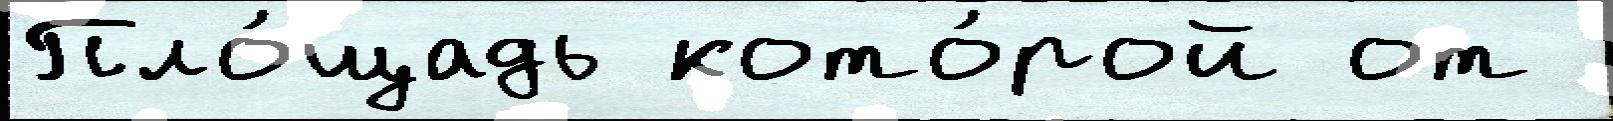
Пло́щадь кото́рой от